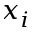
x _ { i }